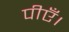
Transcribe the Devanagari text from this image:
पीएँ।